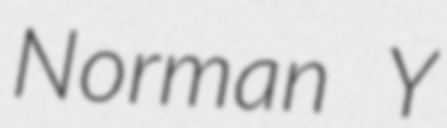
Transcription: Norman Y